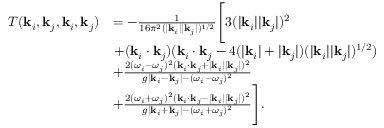
\begin{array} { r l } { T ( \mathbf { k } _ { i } , \mathbf { k } _ { j } , \mathbf { k } _ { i } , \mathbf { k } _ { j } ) } & { = - \frac { 1 } { 1 6 \pi ^ { 2 } ( | \mathbf { k } _ { i } | | \mathbf { k } _ { j } | ) ^ { 1 / 2 } } \Biggl [ 3 ( | \mathbf { k } _ { i } | | \mathbf { k } _ { j } | ) ^ { 2 } } \\ & { \left. + ( \mathbf { k } _ { i } \cdot \mathbf { k } _ { j } ) ( \mathbf { k } _ { i } \cdot \mathbf { k } _ { j } - 4 ( | \mathbf { k } _ { i } | + | \mathbf { k } _ { j } | ) ( | \mathbf { k } _ { i } | | \mathbf { k } _ { j } | ) ^ { 1 / 2 } ) \right. } \\ & { + \frac { 2 ( \omega _ { i } - \omega _ { j } ) ^ { 2 } ( \mathbf { k } _ { i } \cdot \mathbf { k } _ { j } + | \mathbf { k } _ { i } | | \mathbf { k } _ { j } | ) ^ { 2 } } { g | \mathbf { k } _ { i } - \mathbf { k } _ { j } | - ( \omega _ { i } - \omega _ { j } ) ^ { 2 } } } \\ & { + \frac { 2 ( \omega _ { i } + \omega _ { j } ) ^ { 2 } ( \mathbf { k } _ { i } \cdot \mathbf { k } _ { j } - | \mathbf { k } _ { i } | | \mathbf { k } _ { j } | ) ^ { 2 } } { g | \mathbf { k } _ { i } + \mathbf { k } _ { j } | - ( \omega _ { i } + \omega _ { j } ) ^ { 2 } } \Biggr ] . } \end{array}